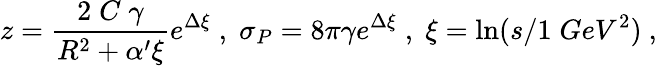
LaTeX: z=\frac{2\; C\; \gamma}{R^{2}+\alpha^{\prime}\xi}e^{\Delta\xi}\; ,\; \sigma_{P}=8\pi\gamma e^{\Delta\xi}\; ,\; \xi=\ln(s/1\; GeV^{2})\ ,